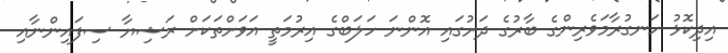
އިދިކޮޅު ހަނގުރާމަވެރިންގެ ބާރުގެ ދަށުގައި އޮންނަ ހަލަބްގެ އިރުމަތީ އަވަށްތަކަށް ރަޝިޔާ ސިފައިންނާއި